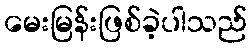
မေးမြန်းဖြစ်ခဲ့ပါသည်